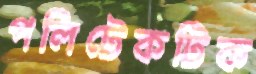
পলিটেকটিক